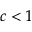
c < 1